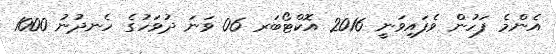
އެންމެ ފަހުން ވެފައިވަނީ 2016 އޮކްޓޯބަރ 06 ވަނަ ދުވަހުގެ ހެނދުނު 1000